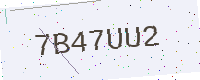
Text: 7B47UU2